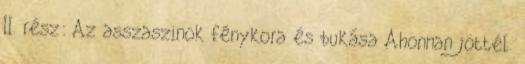
II. rész: Az asszaszinok fénykora és bukása Ahonnan jöttél.